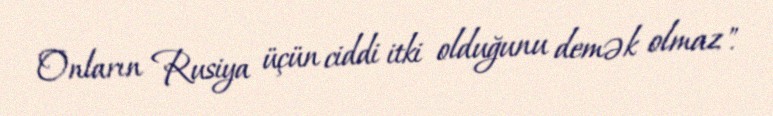
Onların Rusiya üçün ciddi itki olduğunu demək olmaz".